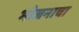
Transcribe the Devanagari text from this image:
भोजनाचा